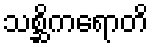
သစ္ဆိကရောတိ